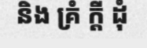
និង គ្រំ ក្តី ដុំ